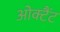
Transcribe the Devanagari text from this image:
ओक्टैंट